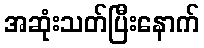
အဆုံးသတ်ပြီးနောက်